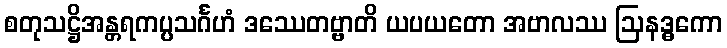
စတုသဋ္ဌိအန္တရကပ္ပသင်္ဂဟံ ဒဿေတဗ္ဗာတိ ယပယတော အဗာလဿ ဩနဒ္ဓကော